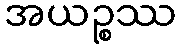
အယဉ္စဿ